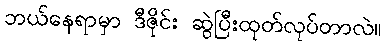
ဘယ်နေရာမှာ ဒီဇိုင်း ဆွဲပြီးထုတ်လုပ်တာလဲ။